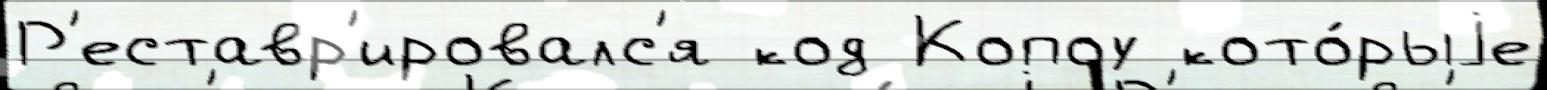
Р'еставр'ировалс'я код Копоу кото́рыjе